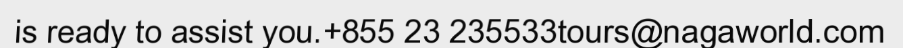
is ready to assist you.+855 23 235533tours@nagaworld.com